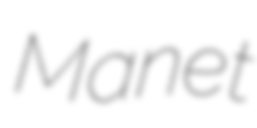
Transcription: Manet